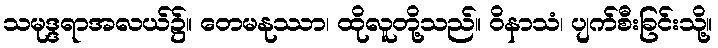
သမုဒ္ဒရာအလယ်၌။ တေမနုဿာ၊ ထိုလူတို့သည်။ ဝိနာသံ၊ ပျက်စီးခြင်းသို့။